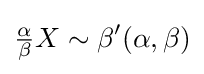
{\tfrac {\alpha }{\beta }}X\sim \beta '(\alpha ,\beta )